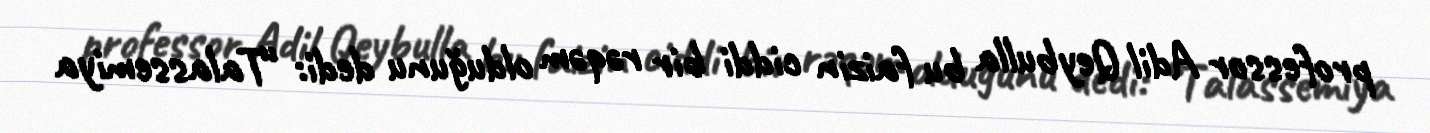
professor Adil Qeybulla bu faizin ciddi bir rəqəm olduğunu dedi: “Talassemiya